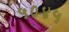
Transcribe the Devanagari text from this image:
५०४५